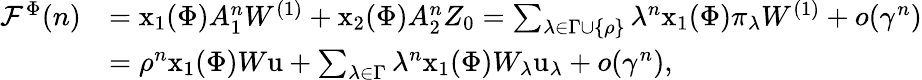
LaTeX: \begin{array}{rl}{\mathcal{F}^{\Phi}(n)}&{=\mathrm{x}_{1}(\Phi)A_{1}^{n}W^{(1)}+\mathrm{x}_{2}(\Phi)A_{2}^{n}Z_{0}=\sum_{\lambda\in\Gamma\cup\{ \rho\} }\lambda^{n}\mathrm{x}_{1}(\Phi)\pi_{\lambda}W^{(1)}+o(\gamma^{n})}\\ &{=\rho^{n}\mathrm{x}_{1}(\Phi)W\mathrm u+\sum_{\lambda\in\Gamma}\lambda^{n}\mathrm{x}_{1}(\Phi)W_{\lambda}\mathrm u_{\lambda}+o(\gamma^{n}),}\end{array}